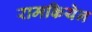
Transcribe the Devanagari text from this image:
रामकियेन